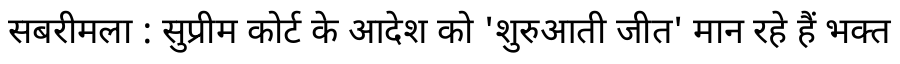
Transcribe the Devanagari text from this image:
सबरीमला : सुप्रीम कोर्ट के आदेश को 'शुरुआती जीत' मान रहे हैं भक्त